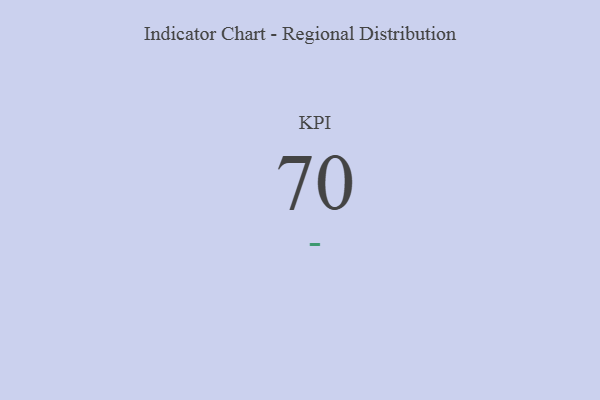
{"axis": {"x": "KPI", "y": "Value"}, "legend": [""], "data": [{"x": "KPI", "y": 70, "type": ""}]}